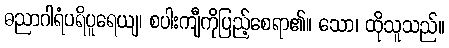
ဓညာဂါရံပရိပူရေယျ၊ စပါးကျီကိုပြည့်စေရာ၏။ သော၊ ထိုသူသည်။